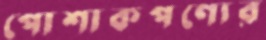
পোশাকপণ্যের